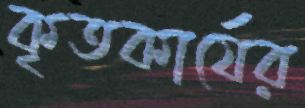
কৃতকার্যের